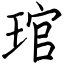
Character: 琯